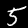
Label: 5